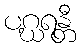
ပဂ္ဃရန္တီ